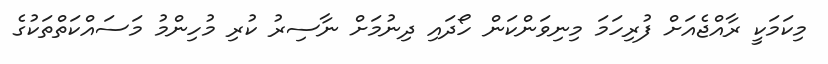
މިކަމަކީ ރާއްޖެއަށް ފުރިހަމަ މިނިވަންކަން ހޯދައި ދިނުމަށް ނާސިރު ކުރި މުހިންމު މަސައްކަތްތަކުގެ